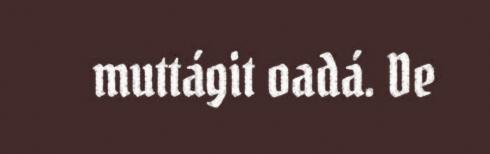
muttágit oadá. De